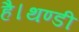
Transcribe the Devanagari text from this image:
है।थण्डी